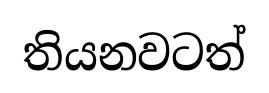
තියනවටත්